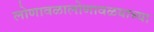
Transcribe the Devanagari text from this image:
लोणावळालोणावळयाच्या